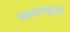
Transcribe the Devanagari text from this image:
कल्लामुंडकूर